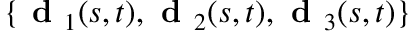
\{ \textbf { d } _ { 1 } ( s , t ) , \textbf { d } _ { 2 } ( s , t ) , \textbf { d } _ { 3 } ( s , t ) \}